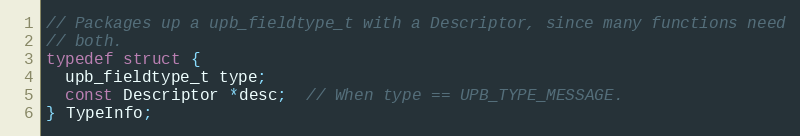
Language: C
// Packages up a upb_fieldtype_t with a Descriptor, since many functions need
// both.
typedef struct {
  upb_fieldtype_t type;
  const Descriptor *desc;  // When type == UPB_TYPE_MESSAGE.
} TypeInfo;